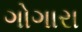
ગોગારા